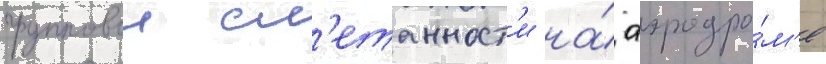
групповои сл'етанност'и на́ аэродро́м'е